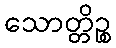
သောတ္တိဉ္စ